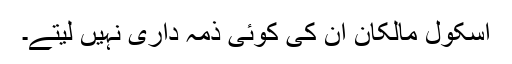
اسکول مالکان ان کی کوئی ذمہ داری نہیں لیتے۔